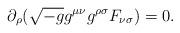
LaTeX: \begin{align*}\partial_\rho(\sqrt{-g} g^{\mu \nu}g^{\rho\sigma}F_{\nu \sigma})=0. \end{align*}